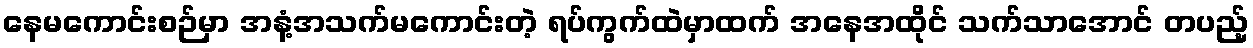
နေမကောင်းစဉ်မှာ အနံ့အသက်မကောင်းတဲ့ ရပ်ကွက်ထဲမှာထက် အနေအထိုင် သက်သာအောင် တပည့်